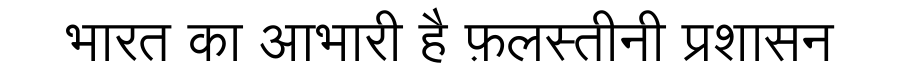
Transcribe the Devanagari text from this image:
भारत का आभारी है फ़लस्तीनी प्रशासन